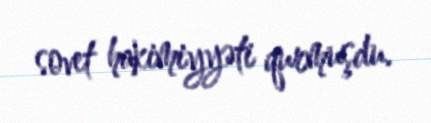
sovet hakimiyyəti qurmuşdu.